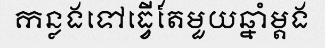
កន្លងទៅធ្វើតែមួយឆ្នាំម្តង